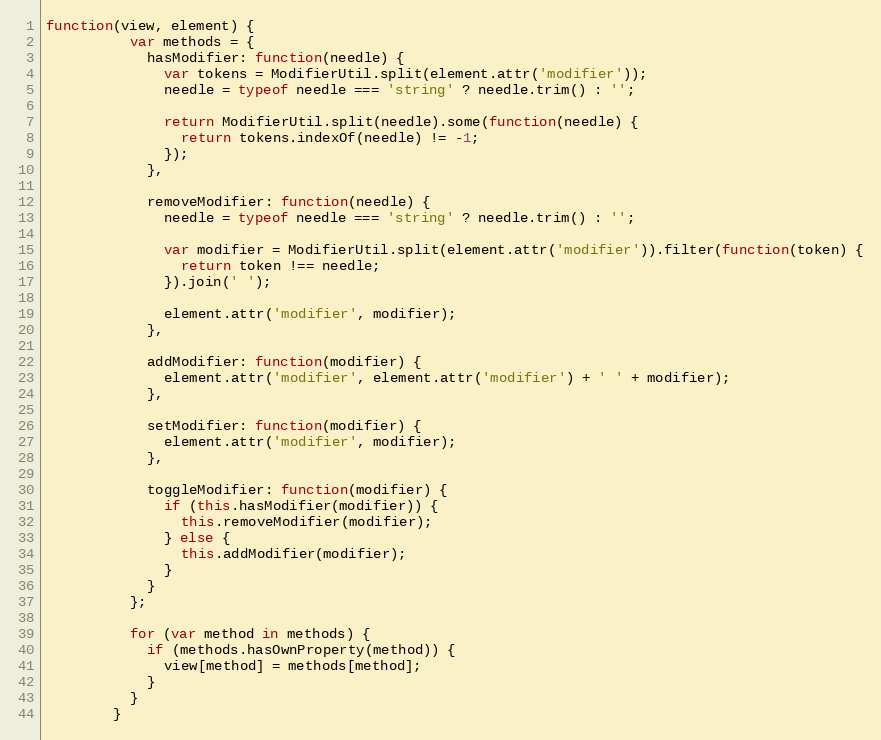
Language: JavaScript
function(view, element) {
          var methods = {
            hasModifier: function(needle) {
              var tokens = ModifierUtil.split(element.attr('modifier'));
              needle = typeof needle === 'string' ? needle.trim() : '';

              return ModifierUtil.split(needle).some(function(needle) {
                return tokens.indexOf(needle) != -1;
              });
            },

            removeModifier: function(needle) {
              needle = typeof needle === 'string' ? needle.trim() : '';

              var modifier = ModifierUtil.split(element.attr('modifier')).filter(function(token) {
                return token !== needle;
              }).join(' ');

              element.attr('modifier', modifier);
            },

            addModifier: function(modifier) {
              element.attr('modifier', element.attr('modifier') + ' ' + modifier);
            },

            setModifier: function(modifier) {
              element.attr('modifier', modifier);
            },

            toggleModifier: function(modifier) {
              if (this.hasModifier(modifier)) {
                this.removeModifier(modifier);
              } else {
                this.addModifier(modifier);
              }
            }
          };

          for (var method in methods) {
            if (methods.hasOwnProperty(method)) {
              view[method] = methods[method];
            }
          }
        }